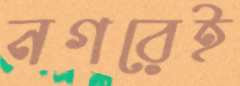
নগরেই